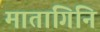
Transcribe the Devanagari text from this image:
मातांगिनि